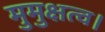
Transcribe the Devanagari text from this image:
मुमुक्षत्व।